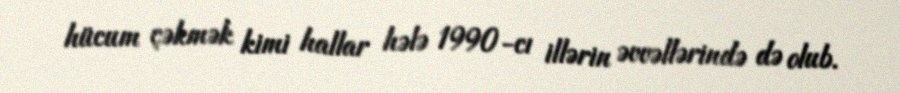
hücum çəkmək kimi hallar hələ 1990-cı illərin əvvəllərində də olub.